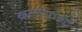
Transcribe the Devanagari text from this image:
ब्रयोफईट